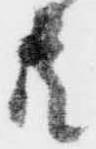
共